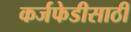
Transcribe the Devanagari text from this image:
कर्जफेडीसाठी